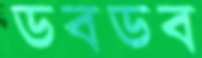
ডবডব